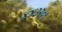
૪૪૩૨૦૧